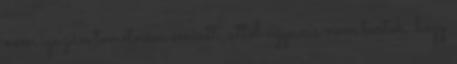
nem igazán temetném emiatt, attól ugyanis nem tartok, hogy